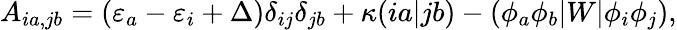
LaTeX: A_{ia,jb}=(\varepsilon_{a}-\varepsilon_{i}+\Delta)\delta_{ij}\delta_{jb}+\kappa(ia|jb)-(\phi_{a}\phi_{b}|W|\phi_{i}\phi_{j}),